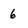
Character: 6